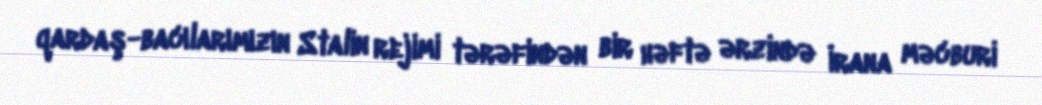
qardaş-bacılarımızın Stalin rejimi tərəfindən bir həftə ərzində İrana məcburi